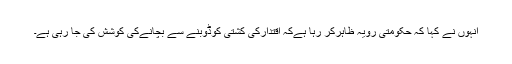
انہوں نے کہا کہ حکومتی رویہ ظاہرکر رہا ہےکہ اقتدارکی کشتی کوڈوبنے سے بچانےکی کوشش کی جا رہی ہے۔